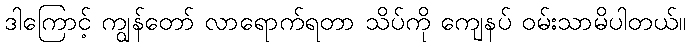
ဒါကြောင့် ကျွန်တော် လာရောက်ရတာ သိပ်ကို ကျေနပ် ဝမ်းသာမိပါတယ်။